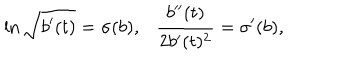
\ln \sqrt { b ^ { \prime } ( t ) } = \sigma ( b ) , \frac { b ^ { \prime \prime } ( t ) } { 2 b ^ { \prime } ( t ) ^ { 2 } } = \sigma ^ { \prime } ( b ) ,